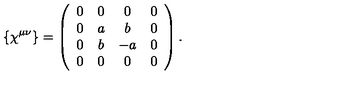
\{ \chi ^ { \mu \nu } \} = \left( \begin{array} { c c c c } { 0 } & { 0 } & { 0 } & { 0 } \\ { 0 } & { a } & { b } & { 0 } \\ { 0 } & { b } & { - a } & { 0 } \\ { 0 } & { 0 } & { 0 } & { 0 } \\ \end{array} \right) .